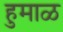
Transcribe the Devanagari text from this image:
हुमाळ